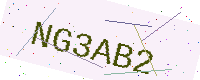
Text: NG3AB2